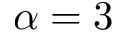
\alpha = 3